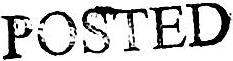
POSTED